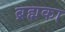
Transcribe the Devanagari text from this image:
ब्रह्मका